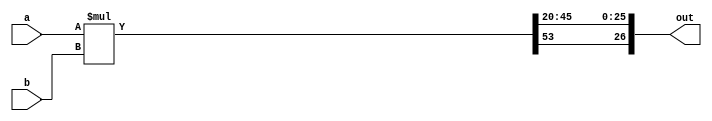
module signed_mult (

	input 	signed	[26:0] 	a,
	input 	signed	[26:0] 	b,
	output 	signed  [26:0]	out
);
	// intermediate full bit length
	wire 	signed	[53:0]	mult_out;
	assign mult_out = a * b;
	// select bits for 7.20 fixed point
	assign out = {mult_out[53], mult_out[45:20]};
	
endmodule